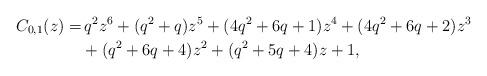
LaTeX: \begin{align*} C_{0,1}(z) = & \,q^2 z^6+(q^2+q) z^5+(4 q^2+6 q+1) z^4+(4 q^2+6 q+2) z^3\\ & +(q^2+6 q+4) z^2+(q^2+5 q+4) z+1,\end{align*}